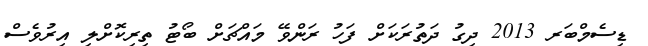
ޑިސެމްބަރ 2013 ދިގު ދަތުރަކަށް ފަހު ރަންވޭ މައްޗަށް ބޯޓު ތިރިކޮށްލި އިރުވެސް